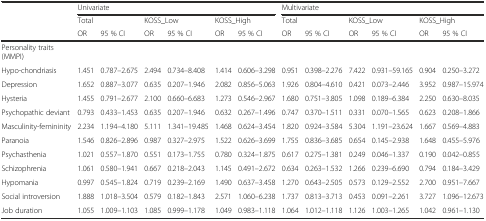
<table><thead><tr><td></td><td colspan="6"><b>Univariate</b></td><td colspan="6"><b>Multivariate</b></td></tr><tr><td></td><td colspan="2"><b>Total</b></td><td colspan="2"><b>KOSS_Low</b></td><td colspan="2"><b>KOSS_High</b></td><td colspan="2"><b>Total</b></td><td colspan="2"><b>KOSS_Low</b></td><td colspan="2"><b>KOSS_High</b></td></tr><tr><td></td><td><b>OR</b></td><td><b>95 % CI</b></td><td><b>OR</b></td><td><b>95 % CI</b></td><td><b>OR</b></td><td><b>95 % CI</b></td><td><b>OR</b></td><td><b>95 % CI</b></td><td><b>OR</b></td><td><b>95 % CI</b></td><td><b>OR</b></td><td><b>95 % CI</b></td></tr></thead><tbody><tr><td>Personality traits (MMPI)</td><td></td><td></td><td></td><td></td><td></td><td></td><td></td><td></td><td></td><td></td><td></td><td></td></tr><tr><td>Hypo-chondriasis</td><td>1.451</td><td>0.787–2.675</td><td>2.494</td><td>0.734–8.408</td><td>1.414</td><td>0.606–3.298</td><td>0.951</td><td>0.398–2.276</td><td>7.422</td><td>0.931–59.165</td><td>0.904</td><td>0.250–3.272</td></tr><tr><td>Depression</td><td>1.652</td><td>0.887–3.077</td><td>0.635</td><td>0.207–1.946</td><td>2.082</td><td>0.856–5.063</td><td>1.926</td><td>0.804–4.610</td><td>0.421</td><td>0.073–2.446</td><td>3.952</td><td>0.987–15.974</td></tr><tr><td>Hysteria</td><td>1.455</td><td>0.791–2.677</td><td>2.100</td><td>0.660–6.683</td><td>1.273</td><td>0.546–2.967</td><td>1.680</td><td>0.751–3.805</td><td>1.098</td><td>0.189–6.384</td><td>2.250</td><td>0.630–8.035</td></tr><tr><td>Psychopathic deviant</td><td>0.793</td><td>0.433–1.453</td><td>0.635</td><td>0.207–1.946</td><td>0.632</td><td>0.267–1.496</td><td>0.747</td><td>0.370–1.511</td><td>0.331</td><td>0.070–1.565</td><td>0.623</td><td>0.208–1.866</td></tr><tr><td>Masculinity-femininity</td><td>2.234</td><td>1.194–4.180</td><td>5.111</td><td>1.341–19.485</td><td>1.468</td><td>0.624–3.454</td><td>1.820</td><td>0.924–3.584</td><td>5.304</td><td>1.191–23.624</td><td>1.667</td><td>0.569–4.883</td></tr><tr><td>Paranoia</td><td>1.546</td><td>0.826–2.896</td><td>0.987</td><td>0.327–2.975</td><td>1.522</td><td>0.626–3.699</td><td>1.755</td><td>0.836–3.685</td><td>0.654</td><td>0.145–2.938</td><td>1.648</td><td>0.455–5.976</td></tr><tr><td>Psychasthenia</td><td>1.021</td><td>0.557–1.870</td><td>0.551</td><td>0.173–1.755</td><td>0.780</td><td>0.324–1.875</td><td>0.617</td><td>0.275–1.381</td><td>0.249</td><td>0.046–1.337</td><td>0.190</td><td>0.042–0.855</td></tr><tr><td>Schizophrenia</td><td>1.061</td><td>0.580–1.941</td><td>0.667</td><td>0.218–2.043</td><td>1.145</td><td>0.491–2.672</td><td>0.634</td><td>0.263–1.532</td><td>1.266</td><td>0.239–6.690</td><td>0.794</td><td>0.184–3.429</td></tr><tr><td>Hypomania</td><td>0.997</td><td>0.545–1.824</td><td>0.719</td><td>0.239–2.169</td><td>1.490</td><td>0.637–3.458</td><td>1.270</td><td>0.643–2.505</td><td>0.573</td><td>0.129–2.552</td><td>2.700</td><td>0.951–7.667</td></tr><tr><td>Social introversion</td><td>1.888</td><td>1.018–3.504</td><td>0.579</td><td>0.182–1.843</td><td>2.571</td><td>1.060–6.238</td><td>1.737</td><td>0.813–3.713</td><td>0.453</td><td>0.091–2.261</td><td>3.727</td><td>1.096–12.673</td></tr><tr><td>Job duration</td><td>1.055</td><td>1.009–1.103</td><td>1.085</td><td>0.999–1.178</td><td>1.049</td><td>0.983–1.118</td><td>1.064</td><td>1.012–1.118</td><td>1.126</td><td>1.003–1.265</td><td>1.042</td><td>0.961–1.130</td></tr></tbody></table>